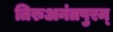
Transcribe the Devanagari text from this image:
तिरुअनंतपुरम्